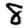
Digit: 8